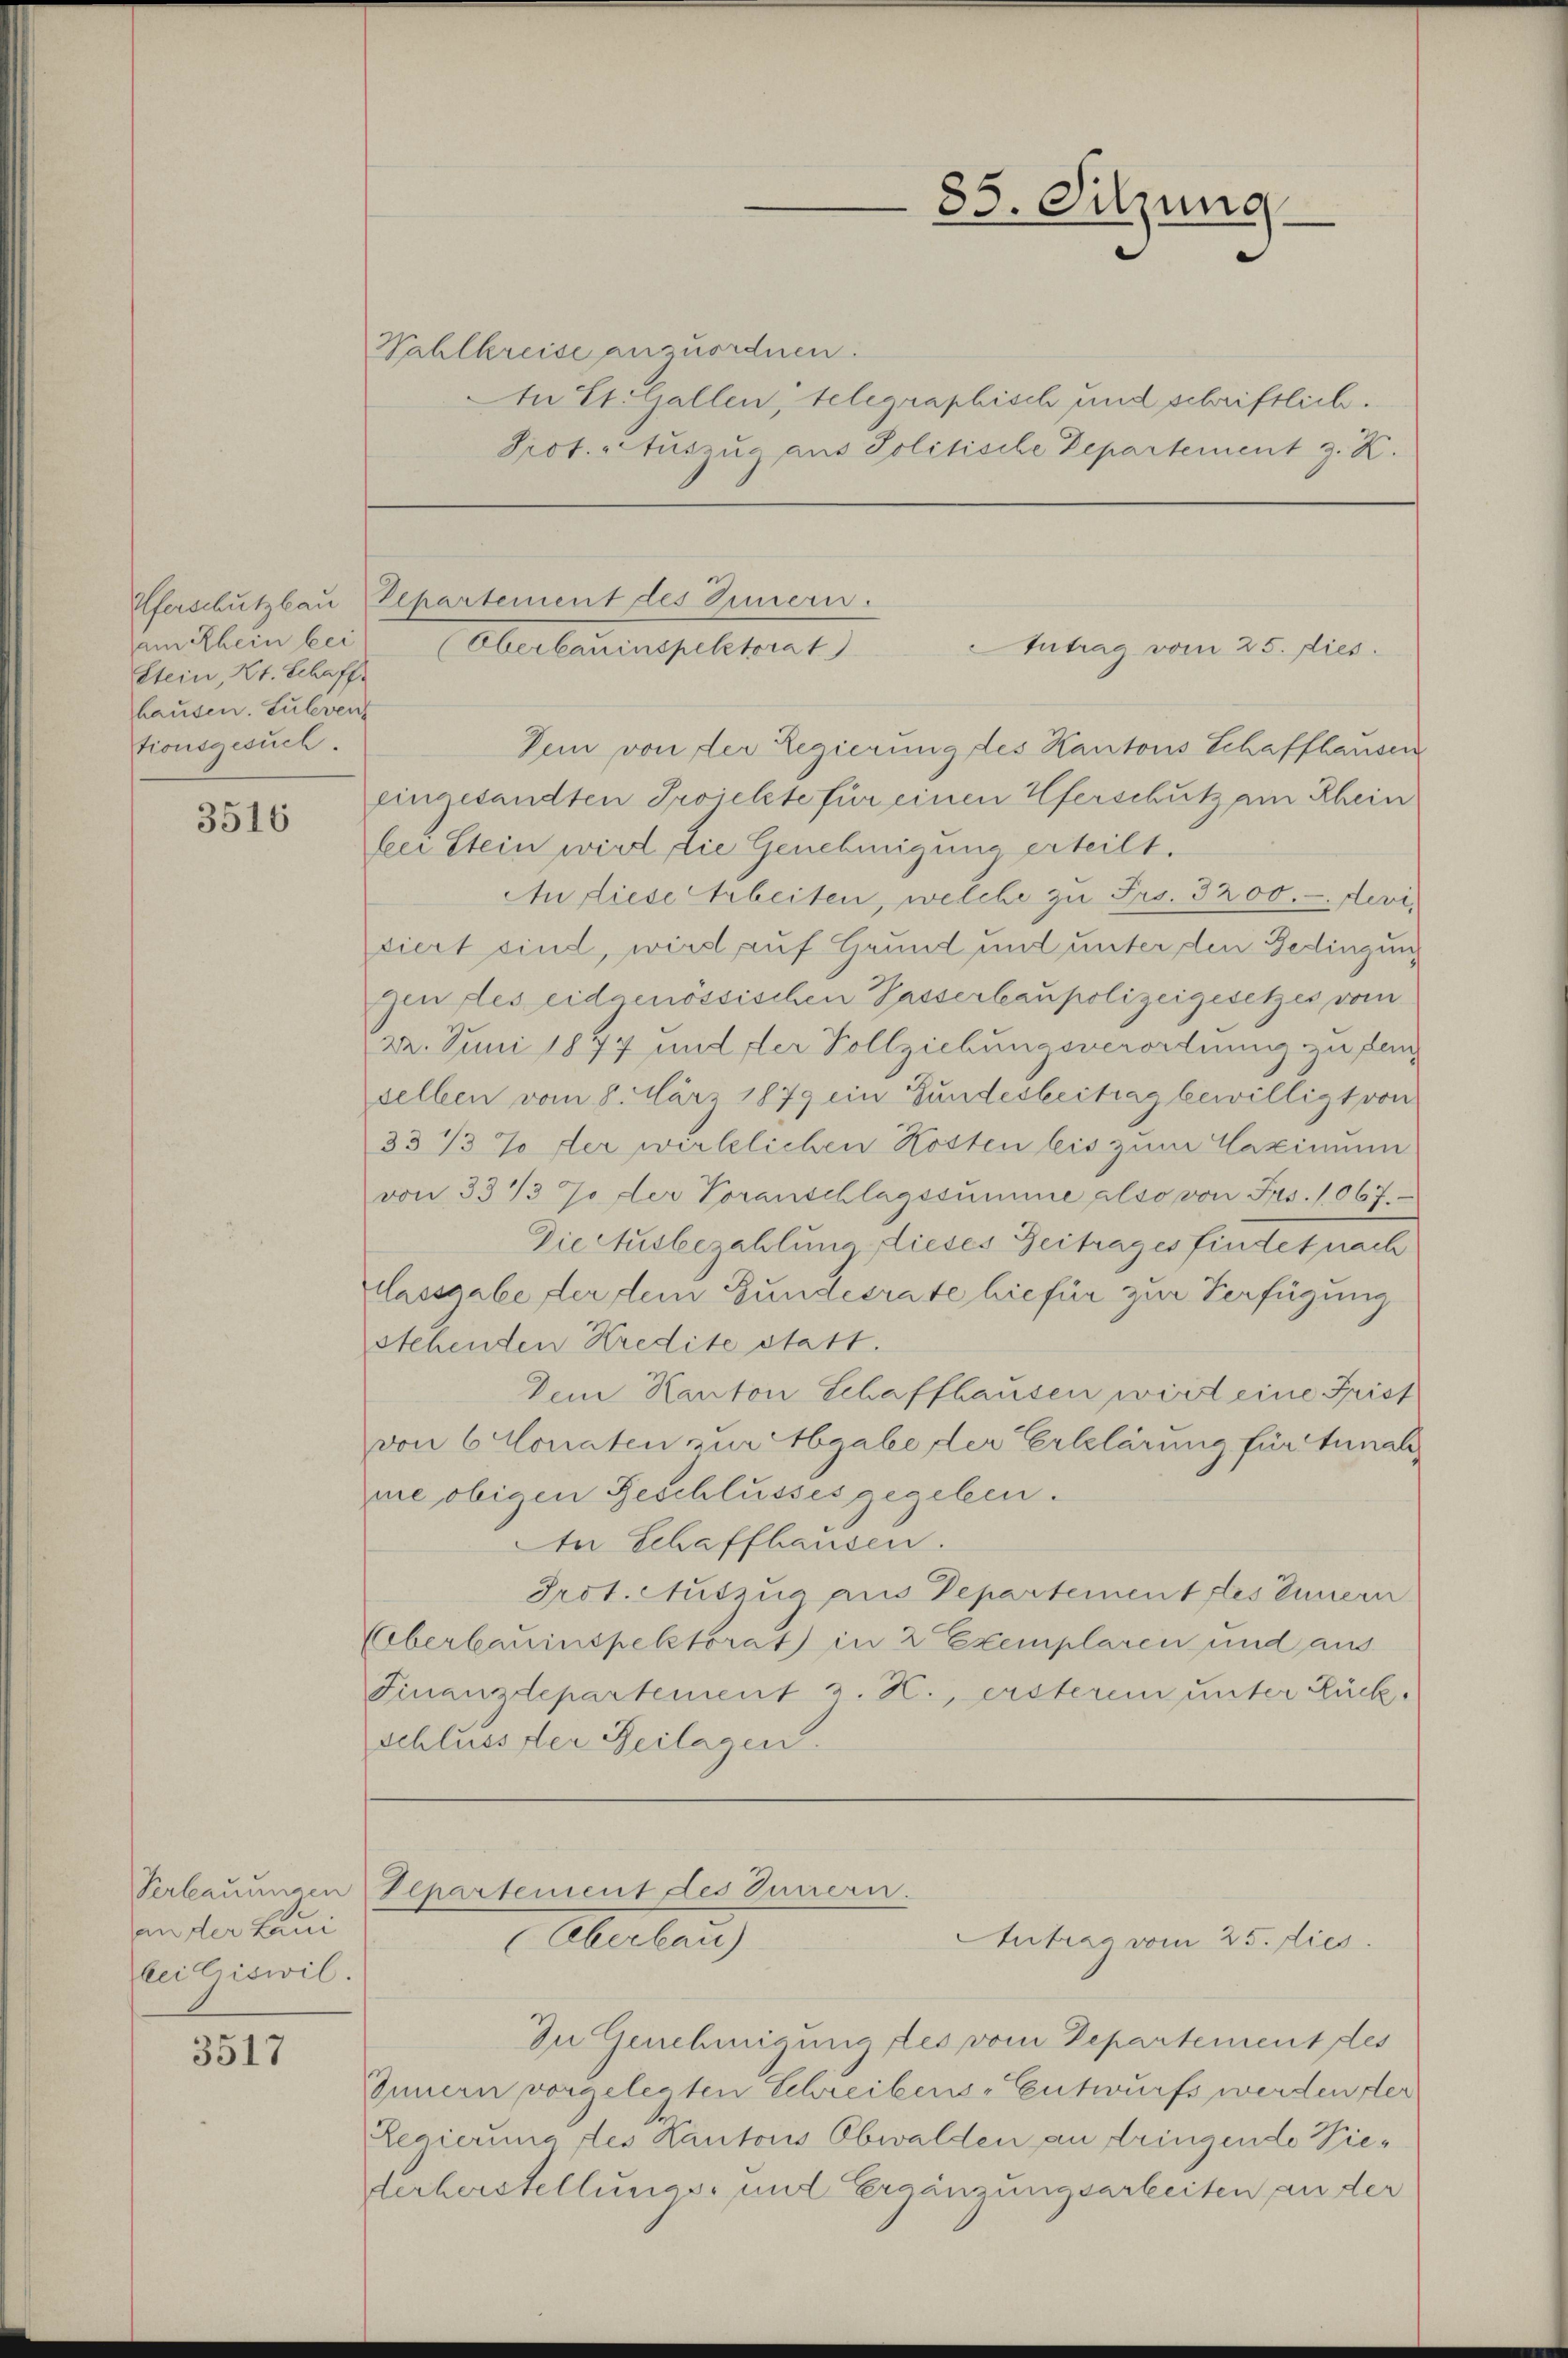
Stein, Kt. Schaff-
hausen. Sulevent
tionsgesuch.

3516

an der Laui
bei Ciswil.

3517

Wahlkreise anzuordnen.
In E. Gallen, telegraphisch und schriftlich.
Prot. Auszug aus Politische Departement z. K.

85. Sitzung

Uferschutzbau Elpartement des Innern.
am Rhein bei (Oberbauinspektorat
Antrag vom 25. dies

Verbauungen Departement des Innern.
Oberbau)
Antrag vom 25. dies

In Genehmigung des vom Departement des
Innern vorgelegten Schreibens-Entwurfs werden der
Regierung des Kantons Obwalden an dringende Wiederherstellungs- und Ergänzungsarbeiten an der

Den von der Regierung des Kantons Schaffhausen
eingesandten Troickte für einen Uferschutz am Rhein
bei Stein wird die Genehmigung erteilt.
An diese Arbeiten, welche zu Frs. 3200.- devi
siert sind, wird auf Grund und unter den Gedingung
zen des eidgenössischen Passerbaupolizeigesetzes vom
22. Juni 1847 und der Vollziehungsverordnung zu fan
selben vom 8. März 1879 ein Gundesbeitrag bewilligt von
33/3 % der wirklichen Kosten bis zum Maximum
von 33 1/3 7 der Voranschlagssumme also von Frs. 1067.
Diectusbezahlung lieses Zeitrages findet nach
Massgabe der dem Bundesrate hiefür zur Verfügung
stehenden Kredite statt.
Dem Kanton Schaffhausen wird eine Frist
von 6 Monaten zur Abgabe der Erlelärung für Tunal
me obigen Beschlusses gegeben.
An Schaffhausen.
Prot. Nutzug aus Departement des Innern
Ueberbauinspektorat in 2 Exemplaren und aus
Finanzdepartement z. K., ersterem unter Rück-
schluss der Beilagen.